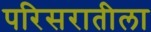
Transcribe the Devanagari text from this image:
परिसरातीला